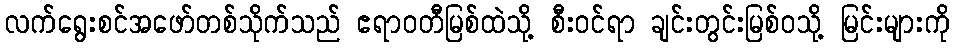
လက်ရွေးစင်အဖော်တစ်သိုက်သည် ဧရာဝတီမြစ်ထဲသို့ စီးဝင်ရာ ချင်းတွင်းမြစ်ဝသို့ မြင်းများကို